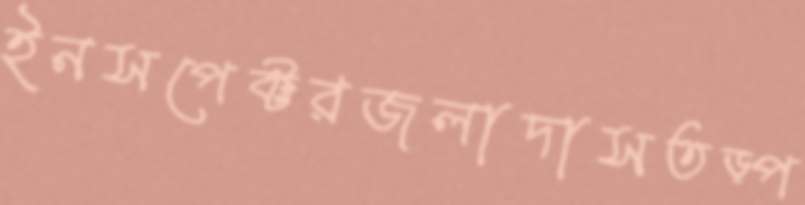
ইনসপেক্টরজলাদাসতড়্‌প